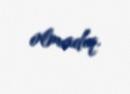
olmadıq.